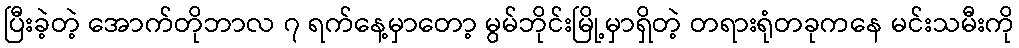
ပြီးခဲ့တဲ့ အောက်တိုဘာလ ၇ ရက်နေ့မှာတော့ မွမ်ဘိုင်းမြို့မှာရှိတဲ့ တရားရုံတခုကနေ မင်းသမီးကို